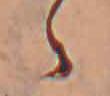
ゝ